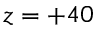
z = + 4 0